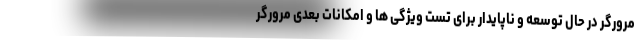
مرورگر در حال توسعه و ناپایدار برای تست ویژگی ها و امکانات بعدی مرورگر